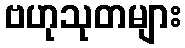
ဗဟုသုတများ